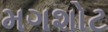
મગશોટ